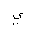
Letter: _ya